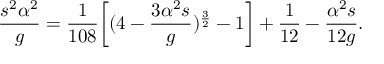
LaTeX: \frac { s ^ { 2 } \alpha ^ { 2 } } { g } = \frac { 1 } { 1 0 8 } \biggl [ ( 4 - \frac { 3 \alpha ^ { 2 } s } { g } ) ^ { \frac { 3 } { 2 } } - 1 \biggr ] + \frac { 1 } { 1 2 } - \frac { \alpha ^ { 2 } s } { 1 2 g } .